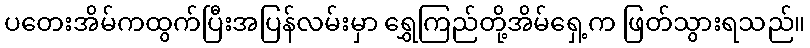
ပတေးအိမ်ကထွက်ပြီးအပြန်လမ်းမှာ ရွှေကြည်တို့အိမ်ရှေ့က ဖြတ်သွားရသည်။